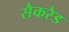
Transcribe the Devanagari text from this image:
सैकरैड